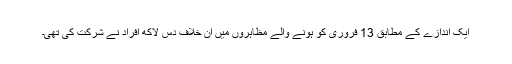
ایک اندازے کے مطابق 13 فروری کو ہونے والے مظاہروں میں ان خلاف دس لاکھ افراد نے شرکت کی تھی۔